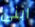
ابنى